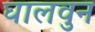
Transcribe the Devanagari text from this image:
घालवुन